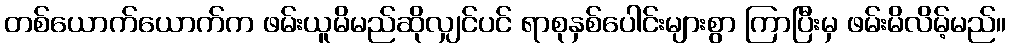
တစ်ယောက်ယောက်က ဖမ်းယူမိမည်ဆိုလျှင်ပင် ရာစုနှစ်ပေါင်းများစွာ ကြာပြီးမှ ဖမ်းမိလိမ့်မည်။